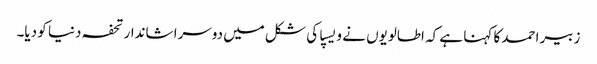
زبیر احمد کا کہنا ہے کہ اطالویوں نے ویسپا کی شکل میں دوسرا شاندار تحفہ دنیا کو دیا۔